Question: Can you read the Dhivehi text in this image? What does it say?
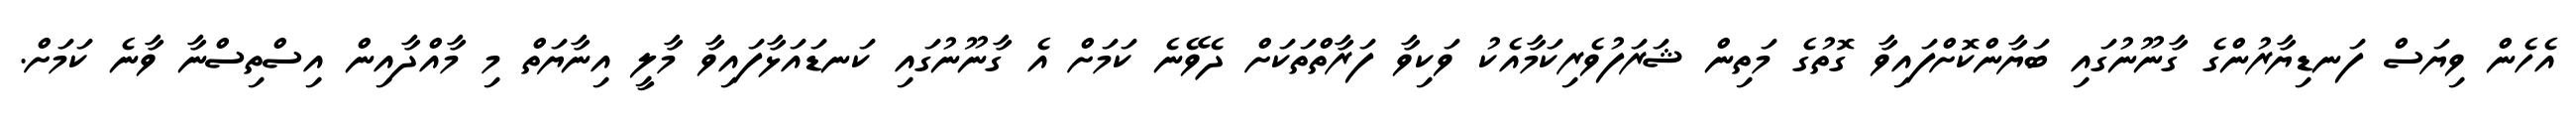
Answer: އެހެން ވިޔަސް ފަނޑިޔާރުންގެ ގާނޫނުގައި ބަޔާންކޮށްފައިވާ ގޮތުގެ މަތިން ޝަރަފުވެރިކަމާއެކު ވަކިވާ ފަރާތްތަކަށް ދެވޭނެ ކަމަށް އެ ގާނޫނުގައި ކަނޑައަޅާފައިވާ މާލީ އިނާޔަތް މި މާއްދާއިން އިސްތިސްނާ ވާނެ ކަމަށް.